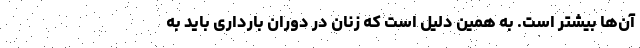
آن‌ها بیشتر است. به همین دلیل است که زنان در دوران بارداری باید به